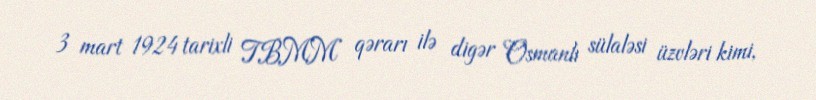
3 mart 1924 tarixli TBMM qərarı ilə digər Osmanlı sülaləsi üzvləri kimi,